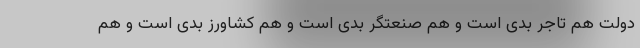
دولت هم تاجر بدی است و هم صنعتگر بدی است و هم کشاورز بدی است و هم